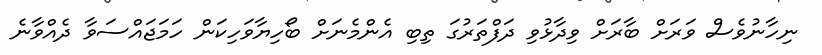
ނިހާނުވެސް ވަރަށް ބާރަށް ވިދާޅުވި ދަފްތަރުގަ ތިބި އެންމެނަށް ބޯހިޔާވަހިކަން ހަމަޖައްސަވާ ދެއްވާނެ